Medical and sanitary report of the native army of Madras for the year
Year: 1875
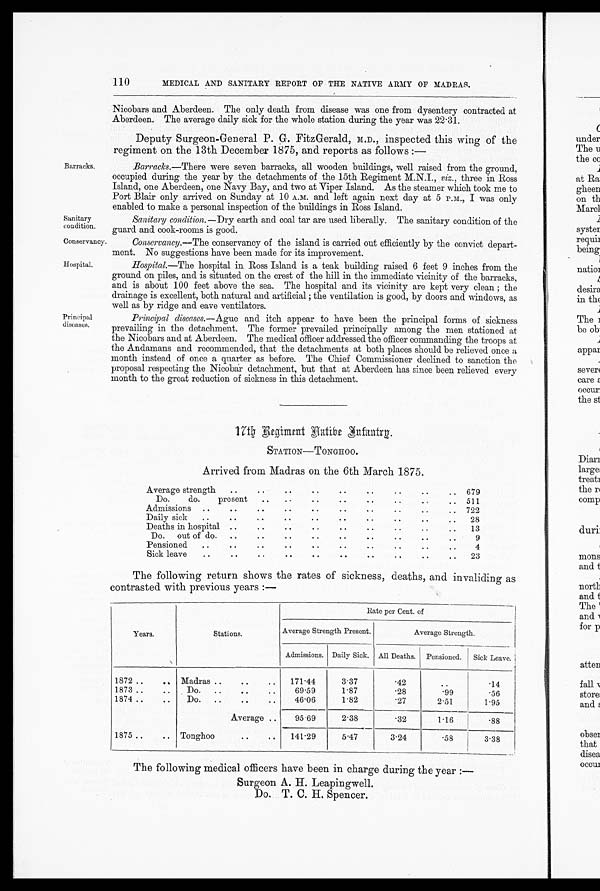
Sanitary
condition.
Conservancy.
Hospital.
Barracks.
Principal
diseases.
110
MEDICAL AND SANITARY REPORT OF THE NATIVE ARMY OF MADRAS.
Nicobars and Aberdeen. The only death from disease was one from dysentery contracted at
Aberdeen. The average daily sick for the whole station during the year was 22.31.
Deputy Surgeon-General P. G. FitzGerald, M.D., inspected this wing of the
regiment on the 13th December 1875, and reports as follows :—
Barracks.—There were seven barracks, all wooden buildings, well raised from the ground,
occupied during the year by the detachments of the 15th Regiment M.N.I., viz., three in Ross
Island, one Aberdeen, one Navy Bay, and two at Viper Island. As the steamer which took me to
Port Blair only arrived on Sunday at 10 A.M. and left again next day at 5 A.M., I was only
enabled to make a personal inspection of the buildings in Ross Island.
Sanitary condition.— Dry earth and coal tar are used liberally. The sanitary condition of the
guard and cook-rooms is good.
Conservancy.— The conservancy of the island is carried out efficiently by the convict depart-
ment. No suggestions have been made for its improvement.
Hospital.—The hospital in Ross Island is a teak building raised 6 feet 9 inches from the
ground on piles, and is situated on the crest of the hill in the immediate vicinity of the barracks,
and is about 100 feet above the sea. The hospital and its vicinity are kept very clean ; the
drainage is excellent, both natural and artificial ; the ventilation is good, by doors and windows, as
well as by ridge and eave ventilators.
Principal diseases.— Ague and itch appear to have been the principal forms of sickness
prevailing in the detachment. The former prevailed principally among the men stationed at
the Nicobars and at Aberdeen. The medical officer addressee the officer commanding the troops at
the Andamans and recommended, that the detachments at both places should be relieved once a
month instead of once a quarter as before. The Chief Commissioner declined to sanction the
proposal respecting the Nicobar detachment, but that at Aberdeen has since been relieved every
month to the great reduction of sickness in this detachment.
17th Regiment Hatibe Infantrg.
STATION—TONGHOO.
Arrived from Madras on the 6th March 1875.
Average strength
.. .. .. .. .. .. .. .. .. 679
Do.
do.
present.. .. .. .. .. .. .. ..
511
Admissions
..
..
..
.. .. .. .. .. .. .. .. .. ..
..
.
722
Daily sick
.. .. .. .. .. .. .. .. .. .. .. 28
Deaths in hospital .. .. .. .. .. .. .. .. ..
13
Do.
out of do.
..
..
..
.. ..
..
..
..
. .
9
Pensioned
..
..
.. .. .. .. ..
..
.
4
Sick leave
..
..
..
.. ..
..
..
..
..
..
23
The following return shows the rates of sickness, deaths, and invaliding as
contrasted with previous years :—
Years.
Stati ons .
Rate per Cent. of
Average Strength Present.
Average Strength.
Admissions. Daily Sick. All Deaths.
Pensioned.
Sick Leave.
1872 ..
..
1873 .. ..
1874 ..
..
1875 ..
..
Madras ..
..
. .
D o . . . . . . .
D o . . . . . . .
A v e r a g e . .
•
..
Tonghoo
..
..
1 7 1 . 4 4
69.59
46.06
3.37
1.87
1.82
.42
. 2 8
. 2 7
. .
. 9 9
2 . 5 1
. 1 4
. 5 6
1.95
9 5 . 6 9
2.38
-
. 3 2
1 . 1 6
_
. 8 8
141.29
5.47
3.24
. 5 8
3.38
The following medical officers have been in charge during the year :—
Surgeon A. H. Leapingwell.
Do. T. C. H. Spencer.